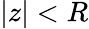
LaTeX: |z|<R